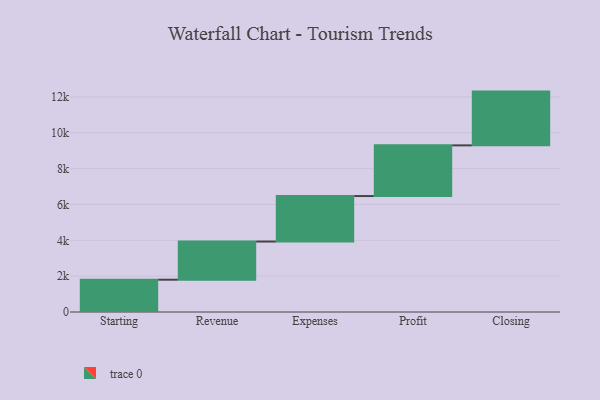
{"axis": {"x": "Step", "y": "Value"}, "legend": [""], "data": [{"x": "Starting", "y": 1802.0, "type": ""}, {"x": "Revenue", "y": 2129.0, "type": ""}, {"x": "Expenses", "y": 2538.0, "type": ""}, {"x": "Profit", "y": 2827.0, "type": ""}, {"x": "Closing", "y": 3000, "type": ""}]}